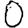
Digit: 0